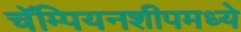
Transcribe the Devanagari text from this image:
चॅम्पियनशीपमध्ये